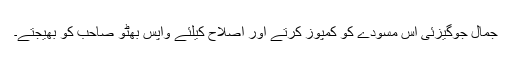
جمال جوگیزئی اس مسودے کو کمپوز کرتے اور اصلاح کیلئے واپس بھٹو صاحب کو بھیجتے۔